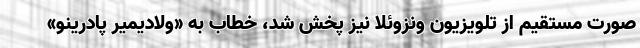
صورت مستقیم از تلویزیون ونزوئلا نیز پخش شد، خطاب به «ولادیمیر پادرینو»